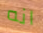
انه